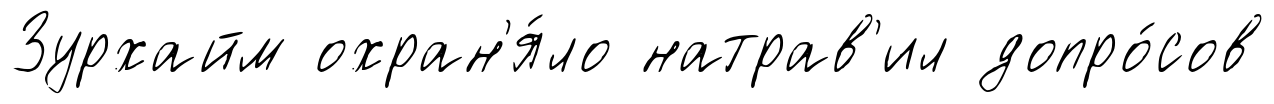
Зурхайм охран'я́ло натрав'ил допро́сов